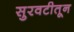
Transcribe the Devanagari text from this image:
सुरवटीतून